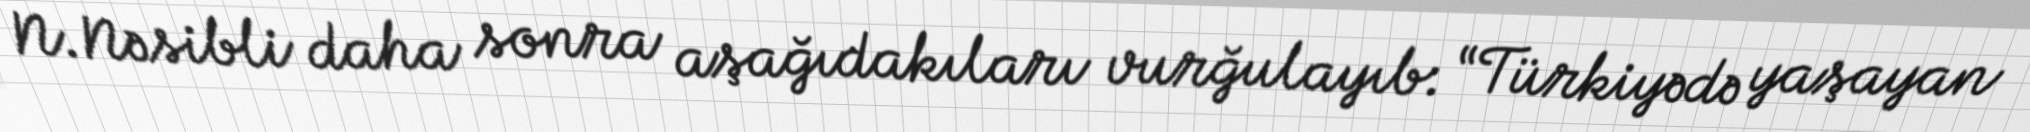
N.Nəsibli daha sonra aşağıdakıları vurğulayıb: “Türkiyədə yaşayan